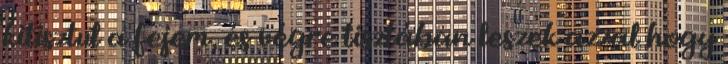
kitisztul a fejem, és végre tisztában leszek azzal hogy